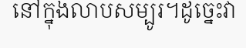
នៅក្នុងលាបសម្បូរ។ដូច្នេះវា